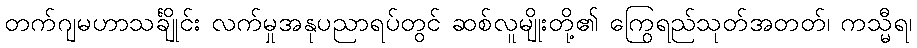
တက်ဂျမဟာသင်္ချိုင်း လက်မှုအနုပညာရပ်တွင် ဆစ်လူမျိုးတို့၏ ကြွေရည်သုတ်အတတ်၊ ကသ္မီရ၊